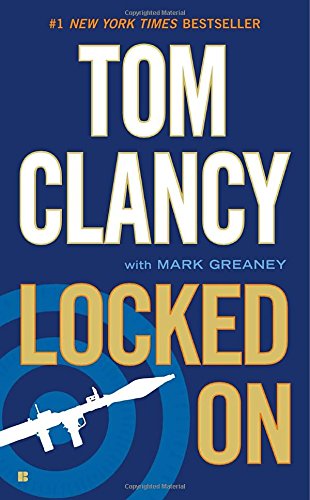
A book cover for Locked On; Tom Clancy; Mystery, Thriller & Suspense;